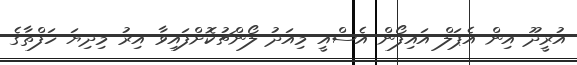
އުރީދޫ އިން އެޕަލް އައިފޯން އެސްއީ މިއަދު ލޯންޗުކޮށްފައިވާ އިރު މިދިޔަ ހަފްތާގެ